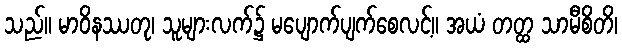
သည်။ မာဝိနဿတု၊ သူများလက်၌ မပျောက်ပျက်စေလင့်။ အယံ တတ္ထ သာမီစိတိ၊